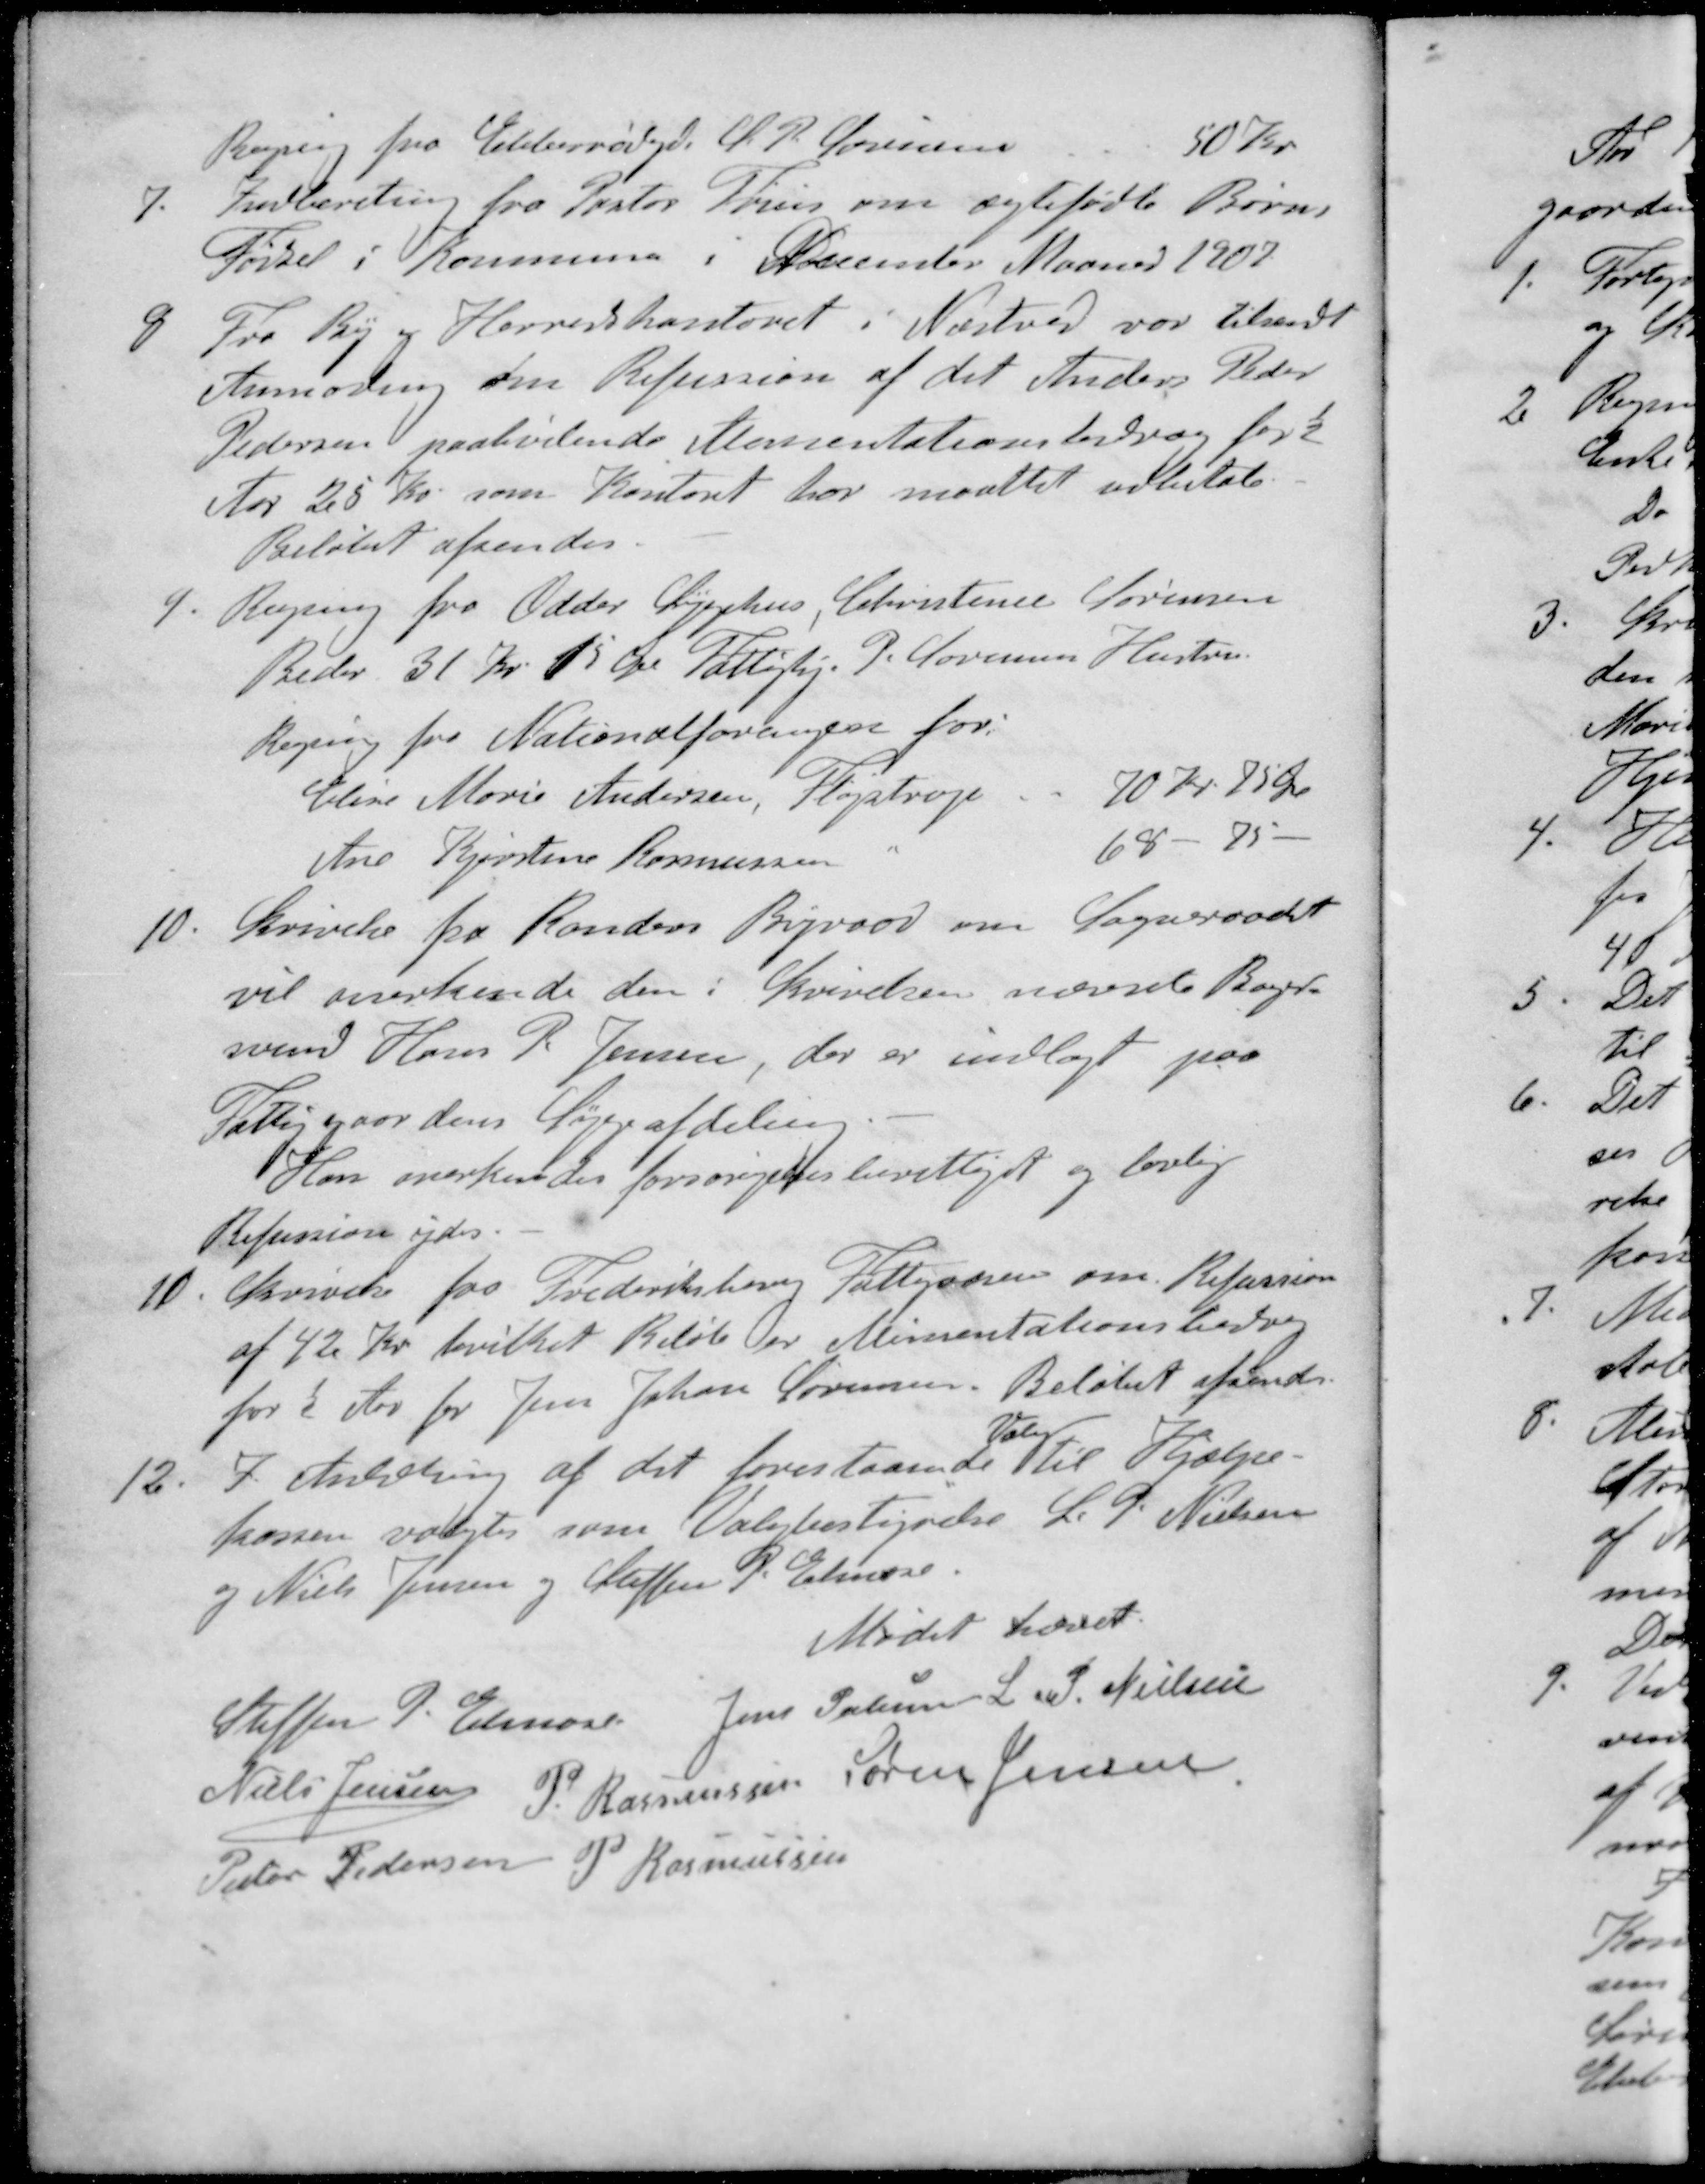
Transskription:
Regning fra Ebberødgd. J. P. Sørensen 50 Kr.
7. Indberetning fra Pastor Friis om ægtefødte Børn
Fødsel i Kommunen i December Maaned 1907
8 Fra By og Herredskontoret i Næstved var tilsendt
Anmodning om Refussion af det Anders Peder
Pedersen paahvilende Alimentationsbidrag for ½
Aar 25 Kr. som Kontoret har maattet udbetale.
Beløbet afsendes.
9. Regning fra Odder Sygehus, Christine Sørensen
Beder 31 Kr. 15 Øre Fattighj. P. Sørensens Hustru
Regning fra Nationalforeningen for:
Stine Marie Andersen, Fløjstrup. 70 Kr. 75 Øre
Ane Kjirstine Rasmussen 68 - 75 -
10. Skrivelse fra Randers Byraad om Sogneraadet
vil anerkende den i Skrivelsen nævnte Bager-
svend Hans P. Jensen, der er indlagt paa
Fattiggaardens Sygeafdeling
Han overkendes forsørgelsesberettiget og lovlig
Refusion ydes.
11 Skrivelse fra Frederiksberg Fattigvæsen om Refussion
af 42 Kr hvilket Beløb er Alimentationsbidrag
for ½ Aar for Jens Johan Sørensen. Beløbet afsendes
Valg
12. I Anledning af det forestaaende til Hjælpe-
kassen valgtes som Valgbestyrelse L. P. Nielsen
og Niels Jensen og Steffen P. Elmose.
Mødet hævet.
Steffen P. Elmose
Jens Petersen
L P. Nielsen
Niels Jensen
P. Rasmussen
Søren Jensen
Peter Pedersen
P Rasmussen